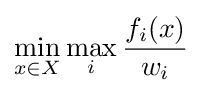
\min _{x\in X}\max _{i}{\frac {f_{i}(x)}{w_{i}}}